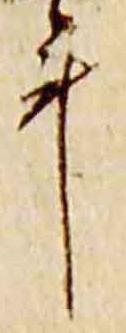
年